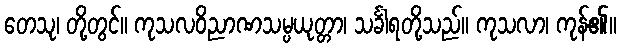
တေသု၊ တို့တွင်။ ကုသလဝိညာဏသမ္ပယုတ္တာ၊ သင်္ခါရတို့သည်။ ကုသလာ၊ ကုန်၏။